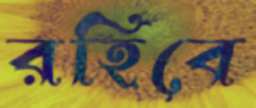
রহিবে